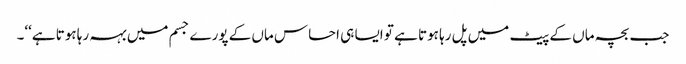
جب بچہ ماں کے پیٹ میں پل رہا ہوتا ہے تو ایسا ہی احساس ماں کے پورے جسم میں بہہ رہا ہوتا ہے‘‘۔